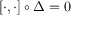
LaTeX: [ \cdot , \cdot ] \circ \Delta = 0